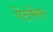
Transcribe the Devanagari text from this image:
पेंटामेरस